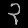
Digit: ၃